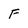
Character: F